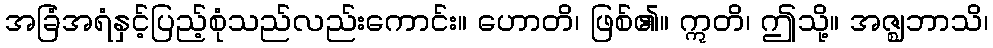
အခြံအရံနှင့်ပြည့်စုံသည်လည်းကောင်း။ ဟောတိ၊ ဖြစ်၏။ ဣတိ၊ ဤသို့။ အဇ္ဈဘာသိ၊